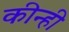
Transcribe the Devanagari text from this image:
कीन्‍ही